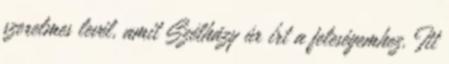
szerelmes levél, amit Szélházy úr írt a feleségemhez. Itt